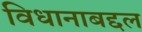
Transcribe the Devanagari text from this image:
विधानाबद्दल